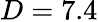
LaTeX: D=7.4